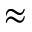
\approx